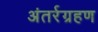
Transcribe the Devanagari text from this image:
अंतर्रग्रहण